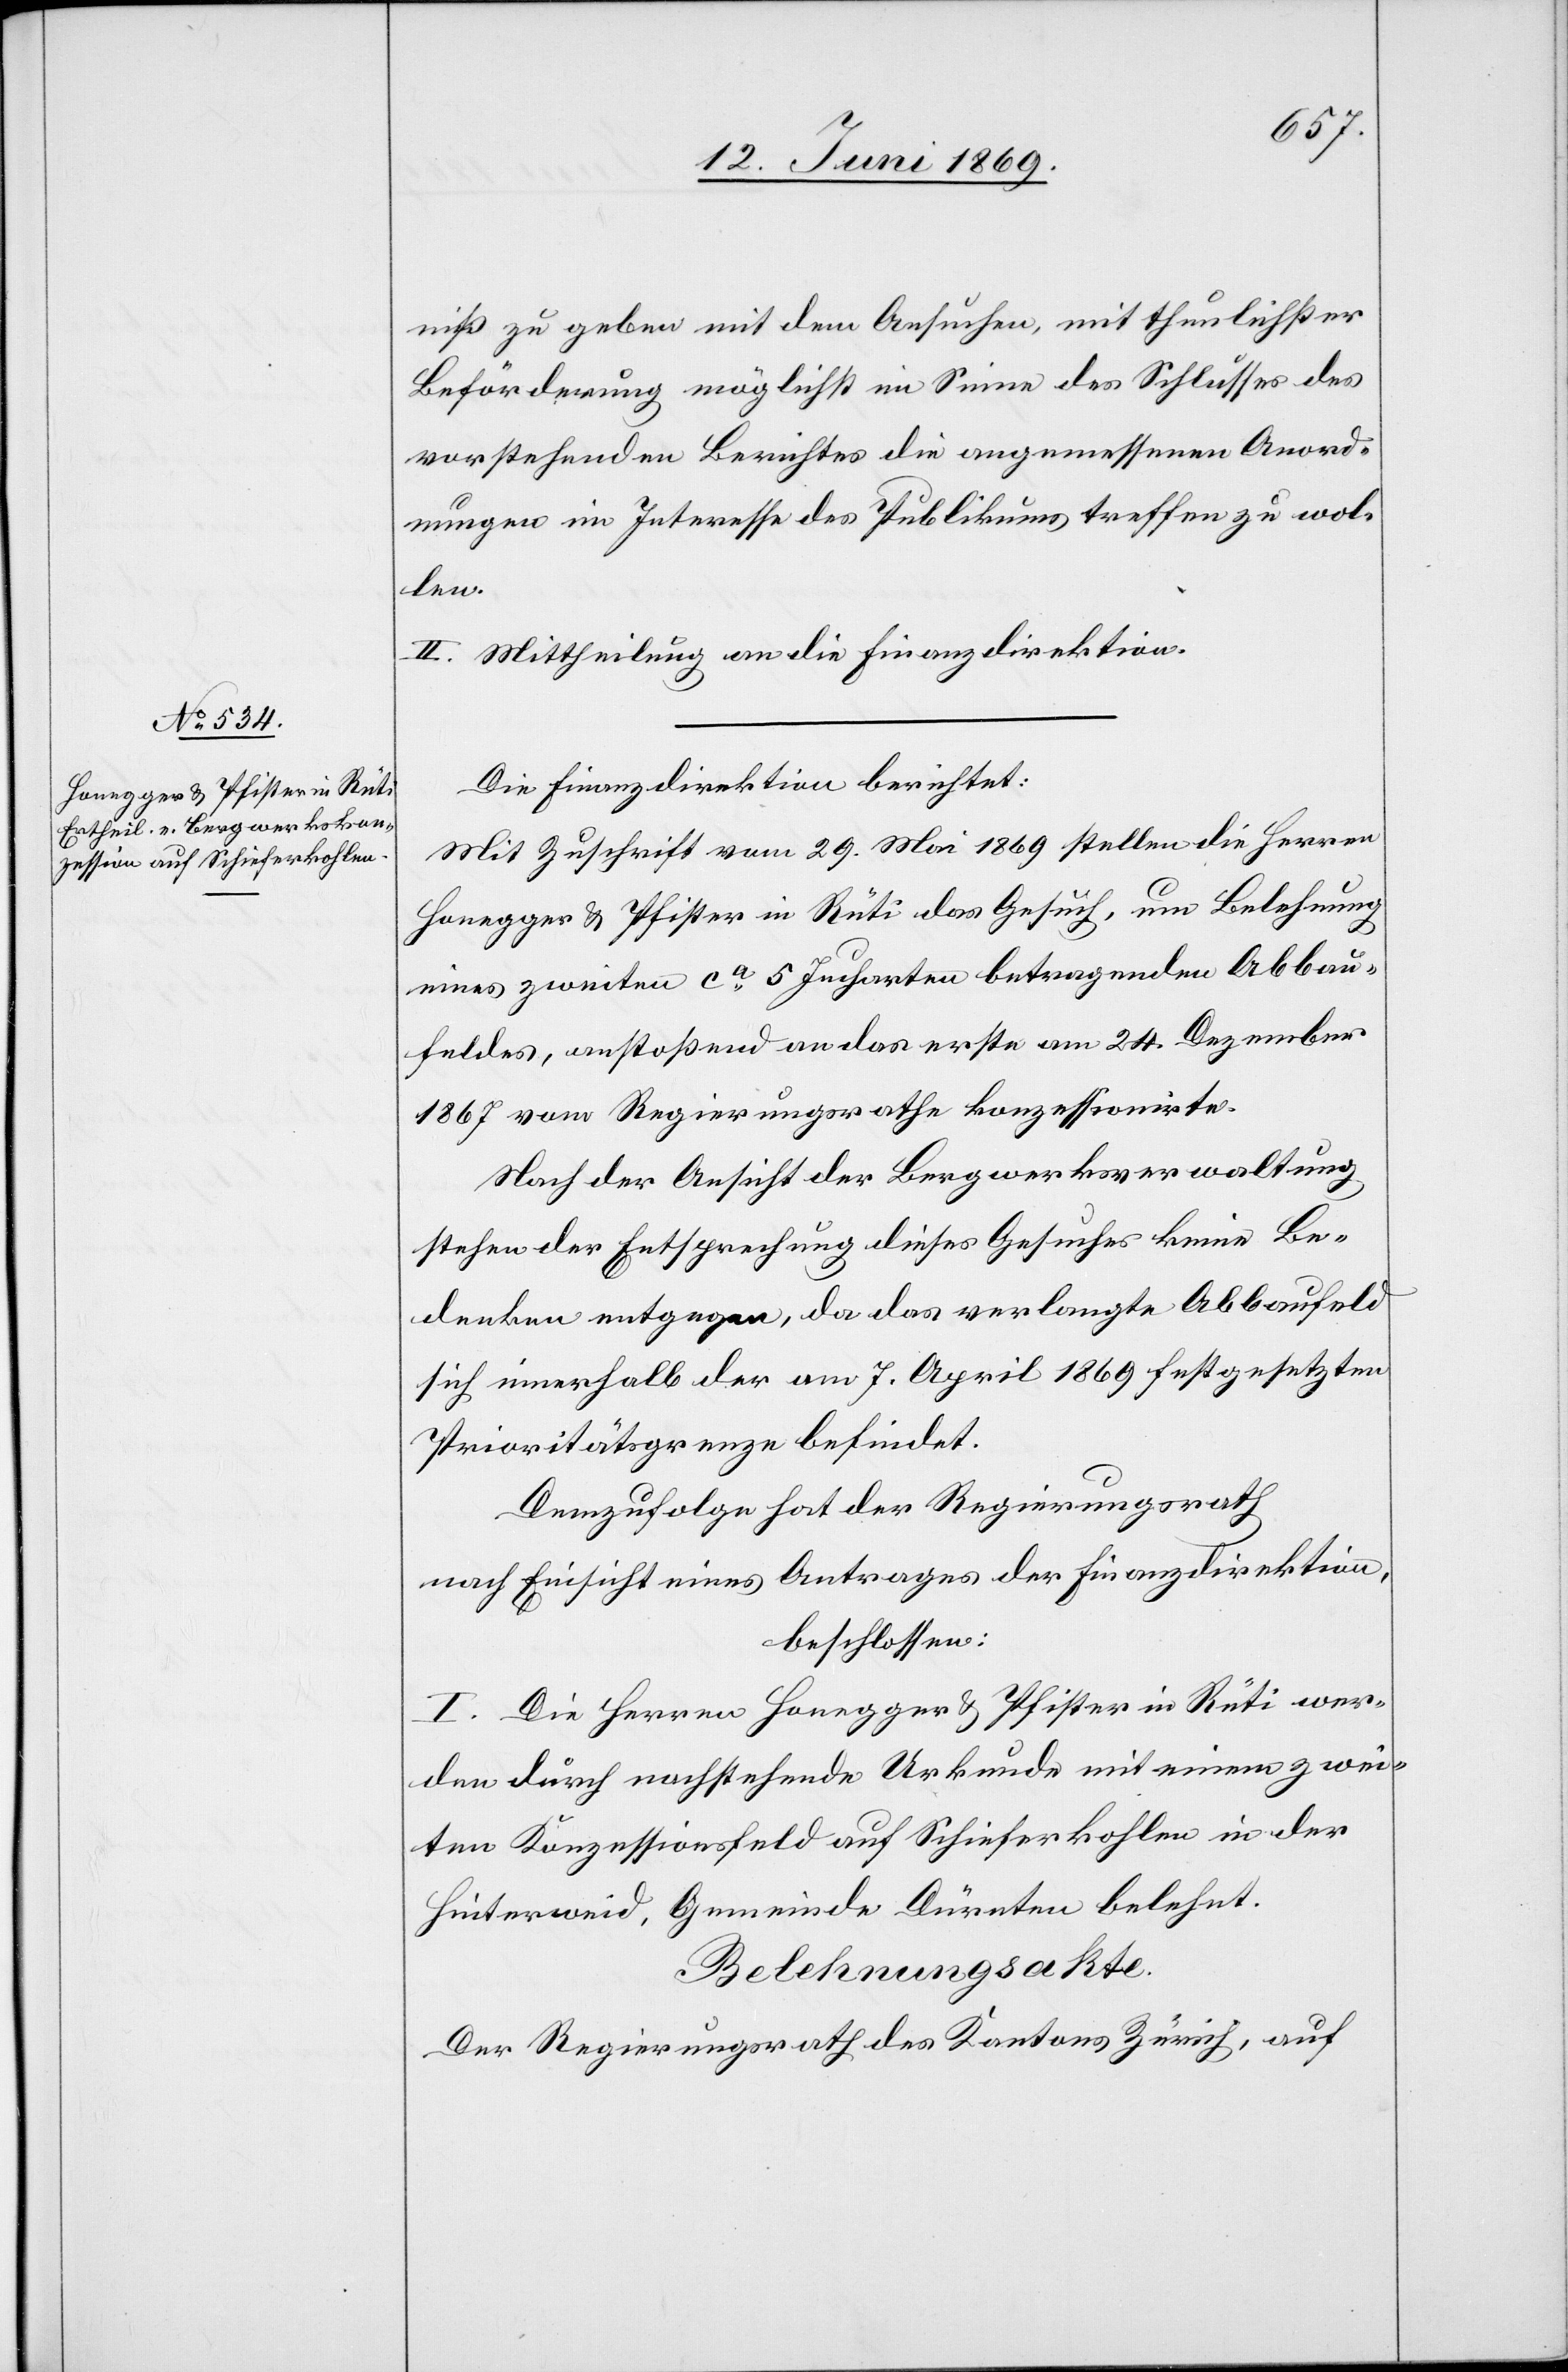
niß zu geben mit dem Ansuchen, mit thunlichster
Beförderung möglichst im Sinne des Schlusses des
vorstehenden Berichtes die angemessenen Anord¬
nungen im Interesse des Publikums treffen zu wol¬
len.
II. Mittheilung an die Finanzdirektion.
Die Finanzdirektion berichtet:
Mit Zuschrift vom 29 Mai 1869 stellen die Herren
Honegger u. Pfister in Rüti das Gesuch, um Belehnung
eines zweiten ca 5 Jucharten betragenden Abbau¬
feldes, anstoßend an das erste am 24 Dezember
1867 vom Regierungsrathe konzessionirte.
Nach der Ansicht der Bergwerksverwaltung
stehen der Entsprechung dieses Gesuches keine Be¬
denken entgegen, da das verlangte Abbaufeld
sich innerhalb der am 7 April 1869 festgesetzten
Prioritätsgrenze befindet.
Demzufolge hat der Regierungsrath
nach Einsicht eines Antrages der Finanzdirektion,
beschlossen:
I. Die Herren Honegger u. Pfister in Rüti wer¬
den durch nachstehende Urkunde mit einem zwei¬
ten Konzessionsfeld auf Schieferkohlen in der
Hinterweid, Gemeinde Dürnten belehnt.
Belehnungsakte.
Der Regierungsrath des Kantons Zürich, auf